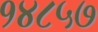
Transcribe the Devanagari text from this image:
१४८५७